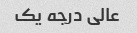
عالی درجه یک